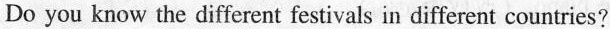
Do you know the different festivals in different countries?